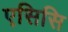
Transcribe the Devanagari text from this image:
एसिसि